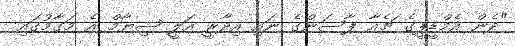
"ދެން އެމްޑީޕީގެ ޗެއާ ޕާސަންގެ ނައި އިދާރީ އަލީ ޝިޔާމް އެ މަގާމުގައި